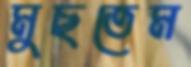
মুছতেম